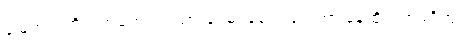
မြေကွက်ကိုလက်ရောက်ရထားပေမဲ့ ခြံခတ်ထားတာ၊နေထိုင်တာမရှိဘူး။